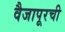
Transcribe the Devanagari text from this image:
वैजापूरची